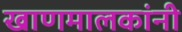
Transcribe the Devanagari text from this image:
खाणमालकांनी